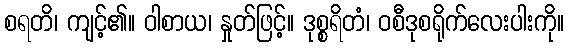
စရတိ၊ ကျင့်၏။ ဝါစာယ၊ နှုတ်ဖြင့်။ ဒုစ္စရိတံ၊ ဝစီဒုစရိုက်လေးပါးကို။